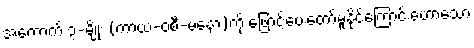
အကောက် ၃-မျိုး (ကာယ-ဝစီ-မနော)ကို ဖြောင့်ပေးတော်မူနိုင်ကြောင်းဟောသော